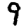
Digit: 9